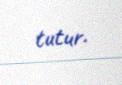
tutur.